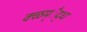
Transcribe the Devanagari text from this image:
क्ळम्ैद्ध